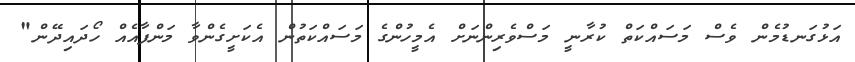
އަޅުގަނޑުމެން ވެސް މަސައްކަތް ކުރާނީ މަސްވެރިންނަށް އެމީހުންގެ މަސައްކަތުން އެކަށީގެންވާ މަންފާއެއް ހޯދައިދޭން"